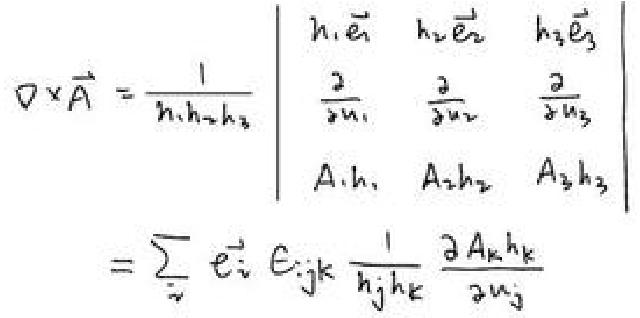
\begin{align*}
\nabla\times\vec{A}&=\frac{1}{h_1h_2h_3}\begin{vmatrix}
h_1\vec{e_1}&h_2\vec{e_2}&h_3\vec{e_3}\\
\frac{\partial}{\partial u_1}&\frac{\partial}{\partial u_2}&\frac{\partial}{\partial u_3}\\
A_1h_1&A_2h_2&A_3h_3
\end{vmatrix}\\
&=\sum_{i}\vec{e_i}\epsilon_{ijk}\frac{1}{h_jh_k}\frac{\partial A_kh_k}{\partial u_j}
\end{align*}